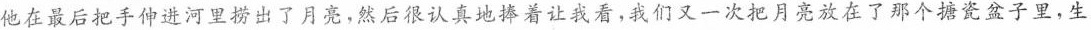
他在最后把手伸进河里捞出了月亮，然后很认真地捧着让我看，我们又一次把月亮放在了那个搪瓷盆子里，生